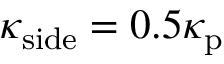
\kappa _ { \mathrm { s i d e } } = 0 . 5 \kappa _ { \mathrm { p } }